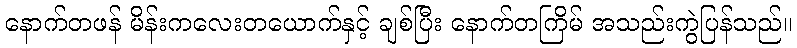
နောက်တဖန် မိန်းကလေးတယောက်နှင့် ချစ်ပြီး နောက်တကြိမ် အသည်းကွဲပြန်သည်။